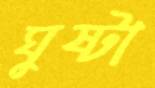
ঘুষ্টা